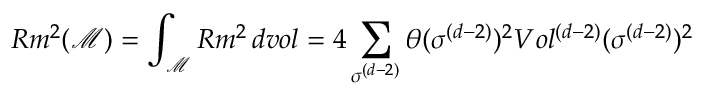
R m ^ { 2 } ( \mathcal { M } ) = \int _ { \mathcal { M } } R m ^ { 2 } \, d v o l = 4 \sum _ { \sigma ^ { ( d - 2 ) } } \theta ( \sigma ^ { ( d - 2 ) } ) ^ { 2 } V o l ^ { ( d - 2 ) } ( \sigma ^ { ( d - 2 ) } ) ^ { 2 }